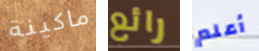
ماكينة رائع أعلم